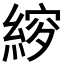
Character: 𮈠